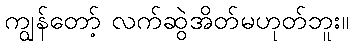
ကျွန်တော့် လက်ဆွဲအိတ်မဟုတ်ဘူး။